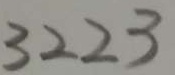
3 2 2 3